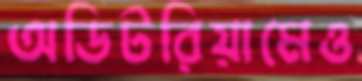
অডিটরিয়ামেও